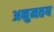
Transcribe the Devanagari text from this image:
अनुमतय